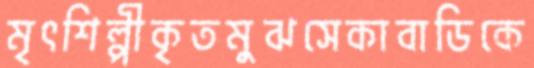
মৃৎশিল্পীকৃতমুঝসেকাবাডিকে